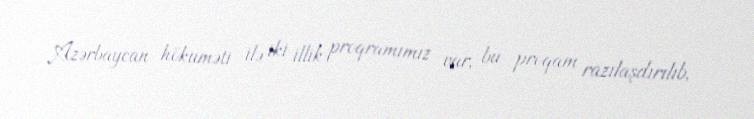
Azərbaycan hökuməti ilə iki illik proqramımız var, bu proqam razılaşdırılıb,